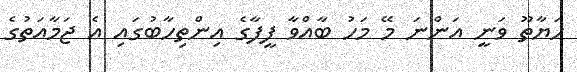
ހަޔާތޫ ވަނީ އަންނަ މޭ މަހު ބާއްވާ ފީފާގެ އިންތިހާބުގައި އެ ޖަމާއަތުގެ